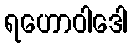
ရဟောဝါဒေါ